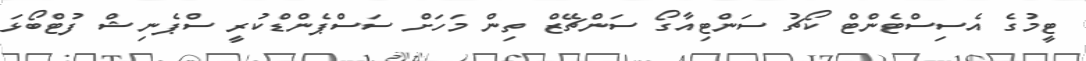
ޓީމުގެ އެސިސްޓެންޓް ކޯޗު ސަންޓިއާގޯ ސަންޗޭޒް ތިން މަހަށް ސަސްޕެންޑްކުރީ ސްޕެނިޝް ފުޓްބޯޅަ